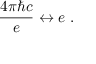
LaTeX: { \frac { 4 \pi \hbar c } { e } } \leftrightarrow e \ .